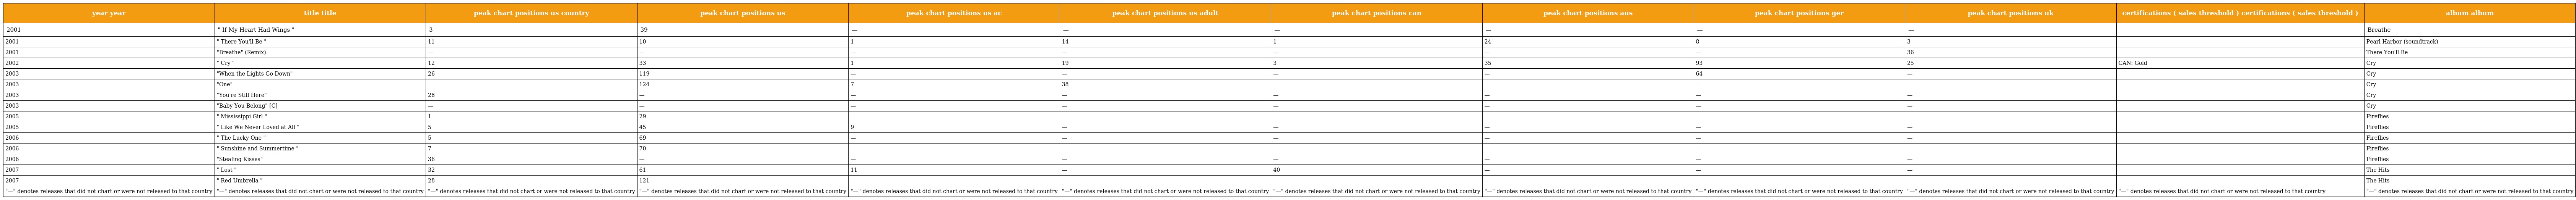
| year year | title title | peak chart positions us country | peak chart positions us | peak chart positions us ac | peak chart positions us adult | peak chart positions can | peak chart positions aus | peak chart positions ger | peak chart positions uk | certifications ( sales threshold ) certifications ( sales threshold ) | album album |
 | --- | --- | --- | --- | --- | --- | --- | --- | --- | --- | --- | --- |
 | 2001 | " If My Heart Had Wings " | 3 | 39 | — | — | — | — | — | — |  | Breathe |
 | 2001 | " There You'll Be " | 11 | 10 | 1 | 14 | 1 | 24 | 8 | 3 |  | Pearl Harbor (soundtrack) |
 | 2001 | "Breathe" (Remix) | — | — | — | — | — | — | — | 36 |  | There You'll Be |
 | 2002 | " Cry " | 12 | 33 | 1 | 19 | 3 | 35 | 93 | 25 | CAN: Gold | Cry |
 | 2003 | "When the Lights Go Down" | 26 | 119 | — | — | — | — | 64 | — |  | Cry |
 | 2003 | "One" | — | 124 | 7 | 38 | — | — | — | — |  | Cry |
 | 2003 | "You're Still Here" | 28 | — | — | — | — | — | — | — |  | Cry |
 | 2003 | "Baby You Belong" [C] | — | — | — | — | — | — | — | — |  | Cry |
 | 2005 | " Mississippi Girl " | 1 | 29 | — | — | — | — | — | — |  | Fireflies |
 | 2005 | " Like We Never Loved at All " | 5 | 45 | 9 | — | — | — | — | — |  | Fireflies |
 | 2006 | " The Lucky One " | 5 | 69 | — | — | — | — | — | — |  | Fireflies |
 | 2006 | " Sunshine and Summertime " | 7 | 70 | — | — | — | — | — | — |  | Fireflies |
 | 2006 | "Stealing Kisses" | 36 | — | — | — | — | — | — | — |  | Fireflies |
 | 2007 | " Lost " | 32 | 61 | 11 | — | 40 | — | — | — |  | The Hits |
 | 2007 | " Red Umbrella " | 28 | 121 | — | — | — | — | — | — |  | The Hits |
 | "—" denotes releases that did not chart or were not released to that country | "—" denotes releases that did not chart or were not released to that country | "—" denotes releases that did not chart or were not released to that country | "—" denotes releases that did not chart or were not released to that country | "—" denotes releases that did not chart or were not released to that country | "—" denotes releases that did not chart or were not released to that country | "—" denotes releases that did not chart or were not released to that country | "—" denotes releases that did not chart or were not released to that country | "—" denotes releases that did not chart or were not released to that country | "—" denotes releases that did not chart or were not released to that country | "—" denotes releases that did not chart or were not released to that country | "—" denotes releases that did not chart or were not released to that country |